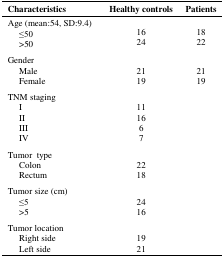
<table><thead><tr><td><b>Characteristics</b></td><td><b>Healthy controls</b></td><td><b>Patients</b></td></tr></thead><tbody><tr><td colspan="3">Age (mean:54, SD:9.4)</td></tr><tr><td> ≤50</td><td>16</td><td>18</td></tr><tr><td> &gt;50</td><td>24</td><td>22</td></tr><tr><td colspan="3">Gender</td></tr><tr><td> Male</td><td>21</td><td>21</td></tr><tr><td> Female</td><td>19</td><td>19</td></tr><tr><td colspan="3">TNM staging</td></tr><tr><td> I</td><td>11</td><td></td></tr><tr><td> II</td><td>16</td><td></td></tr><tr><td> III</td><td>6</td><td></td></tr><tr><td> IV</td><td>7</td><td></td></tr><tr><td colspan="3">Tumor type</td></tr><tr><td> Colon</td><td>22</td><td></td></tr><tr><td> Rectum</td><td>18</td><td></td></tr><tr><td colspan="3">Tumor size (cm)</td></tr><tr><td> ≤5</td><td>24</td><td></td></tr><tr><td> &gt;5</td><td>16</td><td></td></tr><tr><td colspan="3">Tumor location</td></tr><tr><td> Right side</td><td>19</td><td></td></tr><tr><td> Left side</td><td>21</td><td></td></tr></tbody></table>